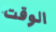
الوقت